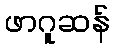
ဖာဂူဆန်